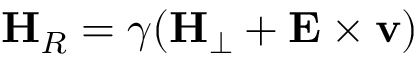
{ \bf H } _ { R } = \gamma ( { \bf H } _ { \perp } + { \bf E } \times { \bf v } )